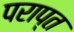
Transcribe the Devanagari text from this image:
पराप्त